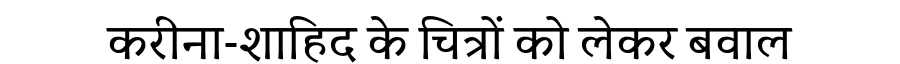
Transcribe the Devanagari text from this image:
करीना-शाहिद के चित्रों को लेकर बवाल